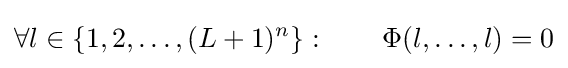
\forall l\in \left\{1,2,\ldots ,(L+1)^{n}\right\}:\qquad \Phi (l,\ldots ,l)=0